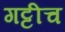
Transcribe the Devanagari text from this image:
गट्टीच